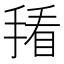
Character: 𪮒